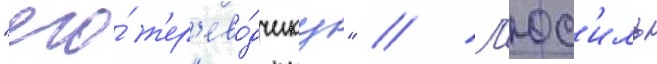
"его́ п'ер'ево́дчику" // Л'юс'иль